Lunatic asylums Madras 1892-1911 - 1892-1911
Year: 1892
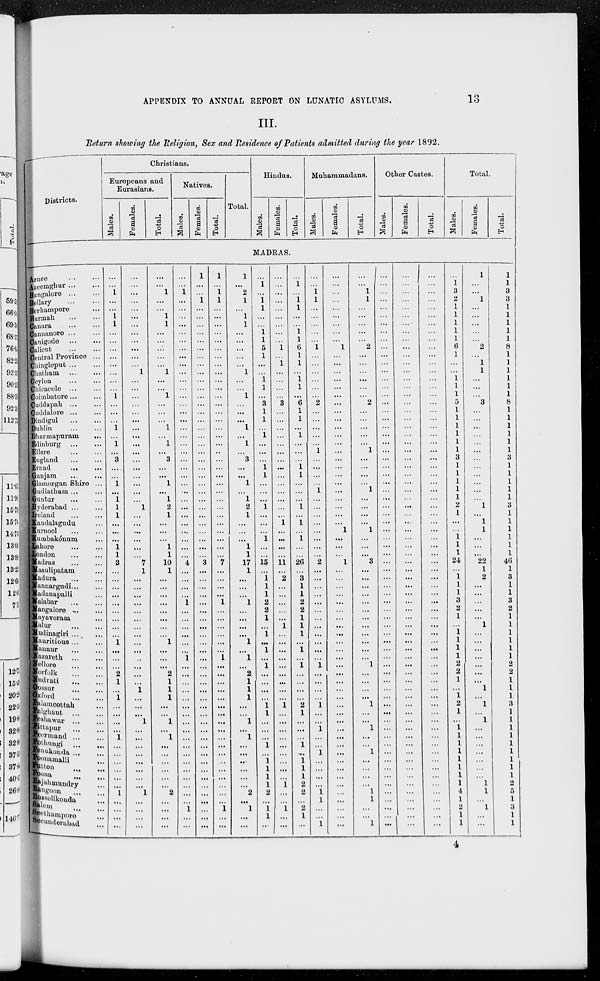
APPENDIX TO ANNUAL REPORT ON LUNATIC ASYLUMS.
13
III.
Return showing the Religion, Sex and Residence of Patients admitted during the year 1892.
Districts.
Christians.
Europeans and
Eurasians.
Males.
Females.
Total.
Natives.
Males.
Females.
Total.
Total.
Hindus.
Males.
Females.
Total.
Muhammadans.
Males.
Females.
Total.
Other Castes.
Males.
Females.
Total.
Total.
Males.
Females.
Total.
MADRAS.
Arnee
...
...
Azeemghur
...
...
Bangalore
...
...
Bellary
...
...
Berhampore ...
Burmah
...
...
Canara ... ...
Cannanore ... ...
Canigode
...
...
Calicut
...
...
Central Province ...
Chingleput
...
...
Chatham
...
...
Ceylon ... ...
Chicacole ... ...
Coimbatore ... ...
Cuddapah
...
...
Cuddalore
...
...
Dindigul
...
...
Dublin
...
...
Dharmapuram ...
Edinburg ... ...
Ellore
...
...
England ... ...
Ernad
... ...
Ganjam ... ...
Glamorgan Shire ...
Gudiatham ... ...
Guntur
... ...
Hyderabad ... ...
Ireland ... ...
Kandalagudu ...
Kurnool ... ...
Kumbakónum ...
Lahore
... ...
London
... ...
Madras ... ...
Masulipatam ...
Madura ... ...
Mannargudi ... ...
Madanapalli ...
Malabar ... ...
Mangalore
...
...
Mayaveram ...
Malur
...
...
Mudinagiri ... ...
Mauritious ... ...
Mannur
...
...
Nazareth
...
...
Nellore ... ...
Norfolk
...
...
Nudvati
... ...
Oossur ... ...
Oxford ... ...
Palamcottah
...
Palghaut ...
...
Peshawar
...
...
Pittapur ... ...
Peermand ...
...
Pothungi ... ...
Penukonda ... ...
Poonamalli ...
Putton ... ...
Poona ... ...
Rajahmundry ...
Rangoon ... ...
Russellkonda
...
Salem ... ...
Seethampore ...
Secunderabad ...
...
...
1
...
...
1
1
...
...
...
...
...
...
...
...
1
...
...
...
1
...
1
...
3
...
...
1
...
1
1
1
...
...
...
1
1
3
...
...
...
...
...
...
...
...
...
1
...
...
...
2
1
...
1
...
...
...
...
1
...
...
...
...
...
...
1
...
...
...
...
...
...
...
...
...
...
...
...
...
...
...
...
1
...
...
...
...
...
...
...
...
...
...
...
...
...
...
...
...
1
...
...
...
...
...
...
7
1
...
...
...
...
...
...
...
...
...
...
...
...
...
...
1
...
...
...
1
...
...
...
...
...
...
...
...
1
...
...
...
...
...
...
1
...
...
1
1
...
...
...
...
...
1
...
...
1
...
...
...
1
...
1
...
3
...
...
1
...
1
2
1
...
...
...
1
1
10
1
...
...
...
...
...
...
...
...
1
...
...
...
2
1
1
1
...
...
1
...
1
...
...
...
...
...
...
2
...
...
...
...
...
...
1
...
...
...
...
...
...
...
...
...
...
...
...
...
...
...
...
...
...
...
...
...
...
...
...
...
...
...
...
...
...
...
...
...
4
...
...
...
...
1
...
...
...
...
...
...
1
...
...
...
...
...
...
...
...
...
...
...
...
...
...
...
...
...
...
1
...
...
1
...
...
1
...
...
...
...
...
...
...
...
...
...
...
...
...
...
...
...
...
...
...
...
...
...
...
...
...
...
...
...
...
...
...
...
3
...
...
...
...
...
...
...
...
...
...
...
...
...
...
...
...
...
...
...
...
...
...
...
...
...
...
...
...
...
...
...
...
...
1
...
1
1
...
...
...
...
...
...
...
...
...
...
...
...
...
...
...
...
...
...
...
...
...
...
...
...
...
...
...
...
...
...
...
...
7
...
...
...
...
1
...
...
...
...
...
...
1
...
...
...
...
...
...
...
...
...
...
...
...
...
...
...
...
...
...
1
...
...
1
...
2
1
...
1
1
...
...
...
...
...
1
...
...
1
...
...
...
1
...
1
...
3
...
...
1
...
1
2
1
...
...
...
1
1
17
1
...
...
...
1
...
...
...
...
1
...
1
...
2
1
1
1
...
...
1
...
1
...
...
...
...
...
...
2
...
1
...
...
...
1
...
1
1
...
...
1
1
5
1
...
...
1
1
...
3
1
1
...
1
...
...
...
1
1
...
...
...
1
...
...
...
1
...
...
15
...
1
1
1
2
2
1
...
1
...
1
...
1
...
...
...
...
1 1
...
...
...
1
...
1 1
1
1
2
...
1
1
...
...
...
...
...
...
...
...
...
...
1
...
1
...
...
...
...
3
...
...
...
...
...
...
...
...
...
...
...
...
...
...
1
...
...
...
...
11 ...
2
...
...
...
...
...
1
...
...
...
...
...
...
...
...
...
1
...
...
...
...
...
...
...
...
...
1
...
...
1
...
...
...
1
...
1
1
...
...
1
1
6
1
1
...
1
1
...
6
1
1
...
1
...
...
...
1
1
...
...
...
1
...
1
...
1
...
...
26
...
3
1
1
2
2
1
1
1
...
1
...
1
...
...
...
...
2
1
...
...
...
1
...
1 1
1
2
2
...
2
1
...
...
...
1
1
...
...
...
...
...
1
...
...
...
...
...
...
2
...
...
...
...
...
1
...
...
...
...
1
...
...
...
...
...
...
...
...
2
...
...
...
...
...
...
...
...
...
...
...
...
1
...
...
...
...
1
...
...
1
...
...
1
...
...
...
...
1
1
...
...
1
...
...
...
...
...
...
...
...
...
1
...
...
...
...
...
...
...
...
...
...
...
...
...
...
...
...
...
...
...
...
...
...
1
...
...
...
1
...
...
...
...
...
...
...
...
...
...
...
...
...
...
...
...
...
...
...
...
...
...
...
...
...
...
...
...
...
...
...
...
...
...
...
1
1
...
...
...
...
...
2
...
...
...
...
...
...
2
...
...
...
...
...
1
...
...
...
...
1
...
...
...
...
1
...
...
...
3
...
...
...
...
...
...
...
...
...
...
...
...
1
...
...
...
...
1
...
...
1
...
...
1
...
...
...
...
1
1
...
...
1
...
...
...
...
...
...
...
...
...
...
...
...
...
...
...
...
...
...
...
...
...
...
...
...
...
...
...
...
...
...
...
...
...
...
...
...
...
...
...
...
...
...
...
...
...
...
...
...
...
...
...
...
...
...
...
...
...
...
...
...
...
...
...
...
...
...
...
...
...
...
...
...
...
...
...
...
...
...
...
...
...
...
...
...
...
...
...
...
...
...
...
...
...
...
...
...
...
...
...
...
...
...
...
...
...
...
...
...
...
...
...
...
...
...
...
...
...
...
...
...
...
...
...
...
...
...
...
...
...
...
...
...
...
...
...
...
... ...
...
...
...
...
...
...
...
...
...
...
...
...
...
...
...
...
...
...
...
...
...
...
...
...
...
...
...
...
...
...
...
...
...
...
...
...
...
...
...
...
...
...
...
...
...
...
...
...
...
...
...
...
...
...
...
...
...
...
...
...
...
...
...
...
...
...
...
...
...
...
...
...
1
3
2
1
1
1
1
1
6
1
...
...
1
1
1
5
1
1
1
1
1
1
3
1
1
1
1
1
2
1
...
...
1 1
1
24
...
1
1
1
3
2
1
...
1
1
1
1
2
2
1
...
1
2
1
...
1 1
1
1
1
1
1
1
4
1
2
1
1
1
...
...
1
...
...
...
...
...
2
...
1
1
...
...
...
3
...
...
...
...
...
...
...
...
...
...
...
...
1
...
1
1
...
...
...
22
1
2
...
...
...
...
...
1
...
...
...
...
...
...
...
1
...
1
...
1
...
...
...
...
...
...
...
1
1
...
1
...
...
1
1
3
3
1
1
1
1
1
8
1
1
1
1
1
1
8
1
1
1
1
1
1
3
1
1
1
1
1
3
1
1
1
1
1
1
46
1
3
1
1
3
2
1
1
1
1
1
1
2
2
1
1
1
3
1
1
1
1
1
1
1
1
1
2
5
1
3
1
1
4